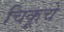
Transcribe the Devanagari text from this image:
चिकूचे